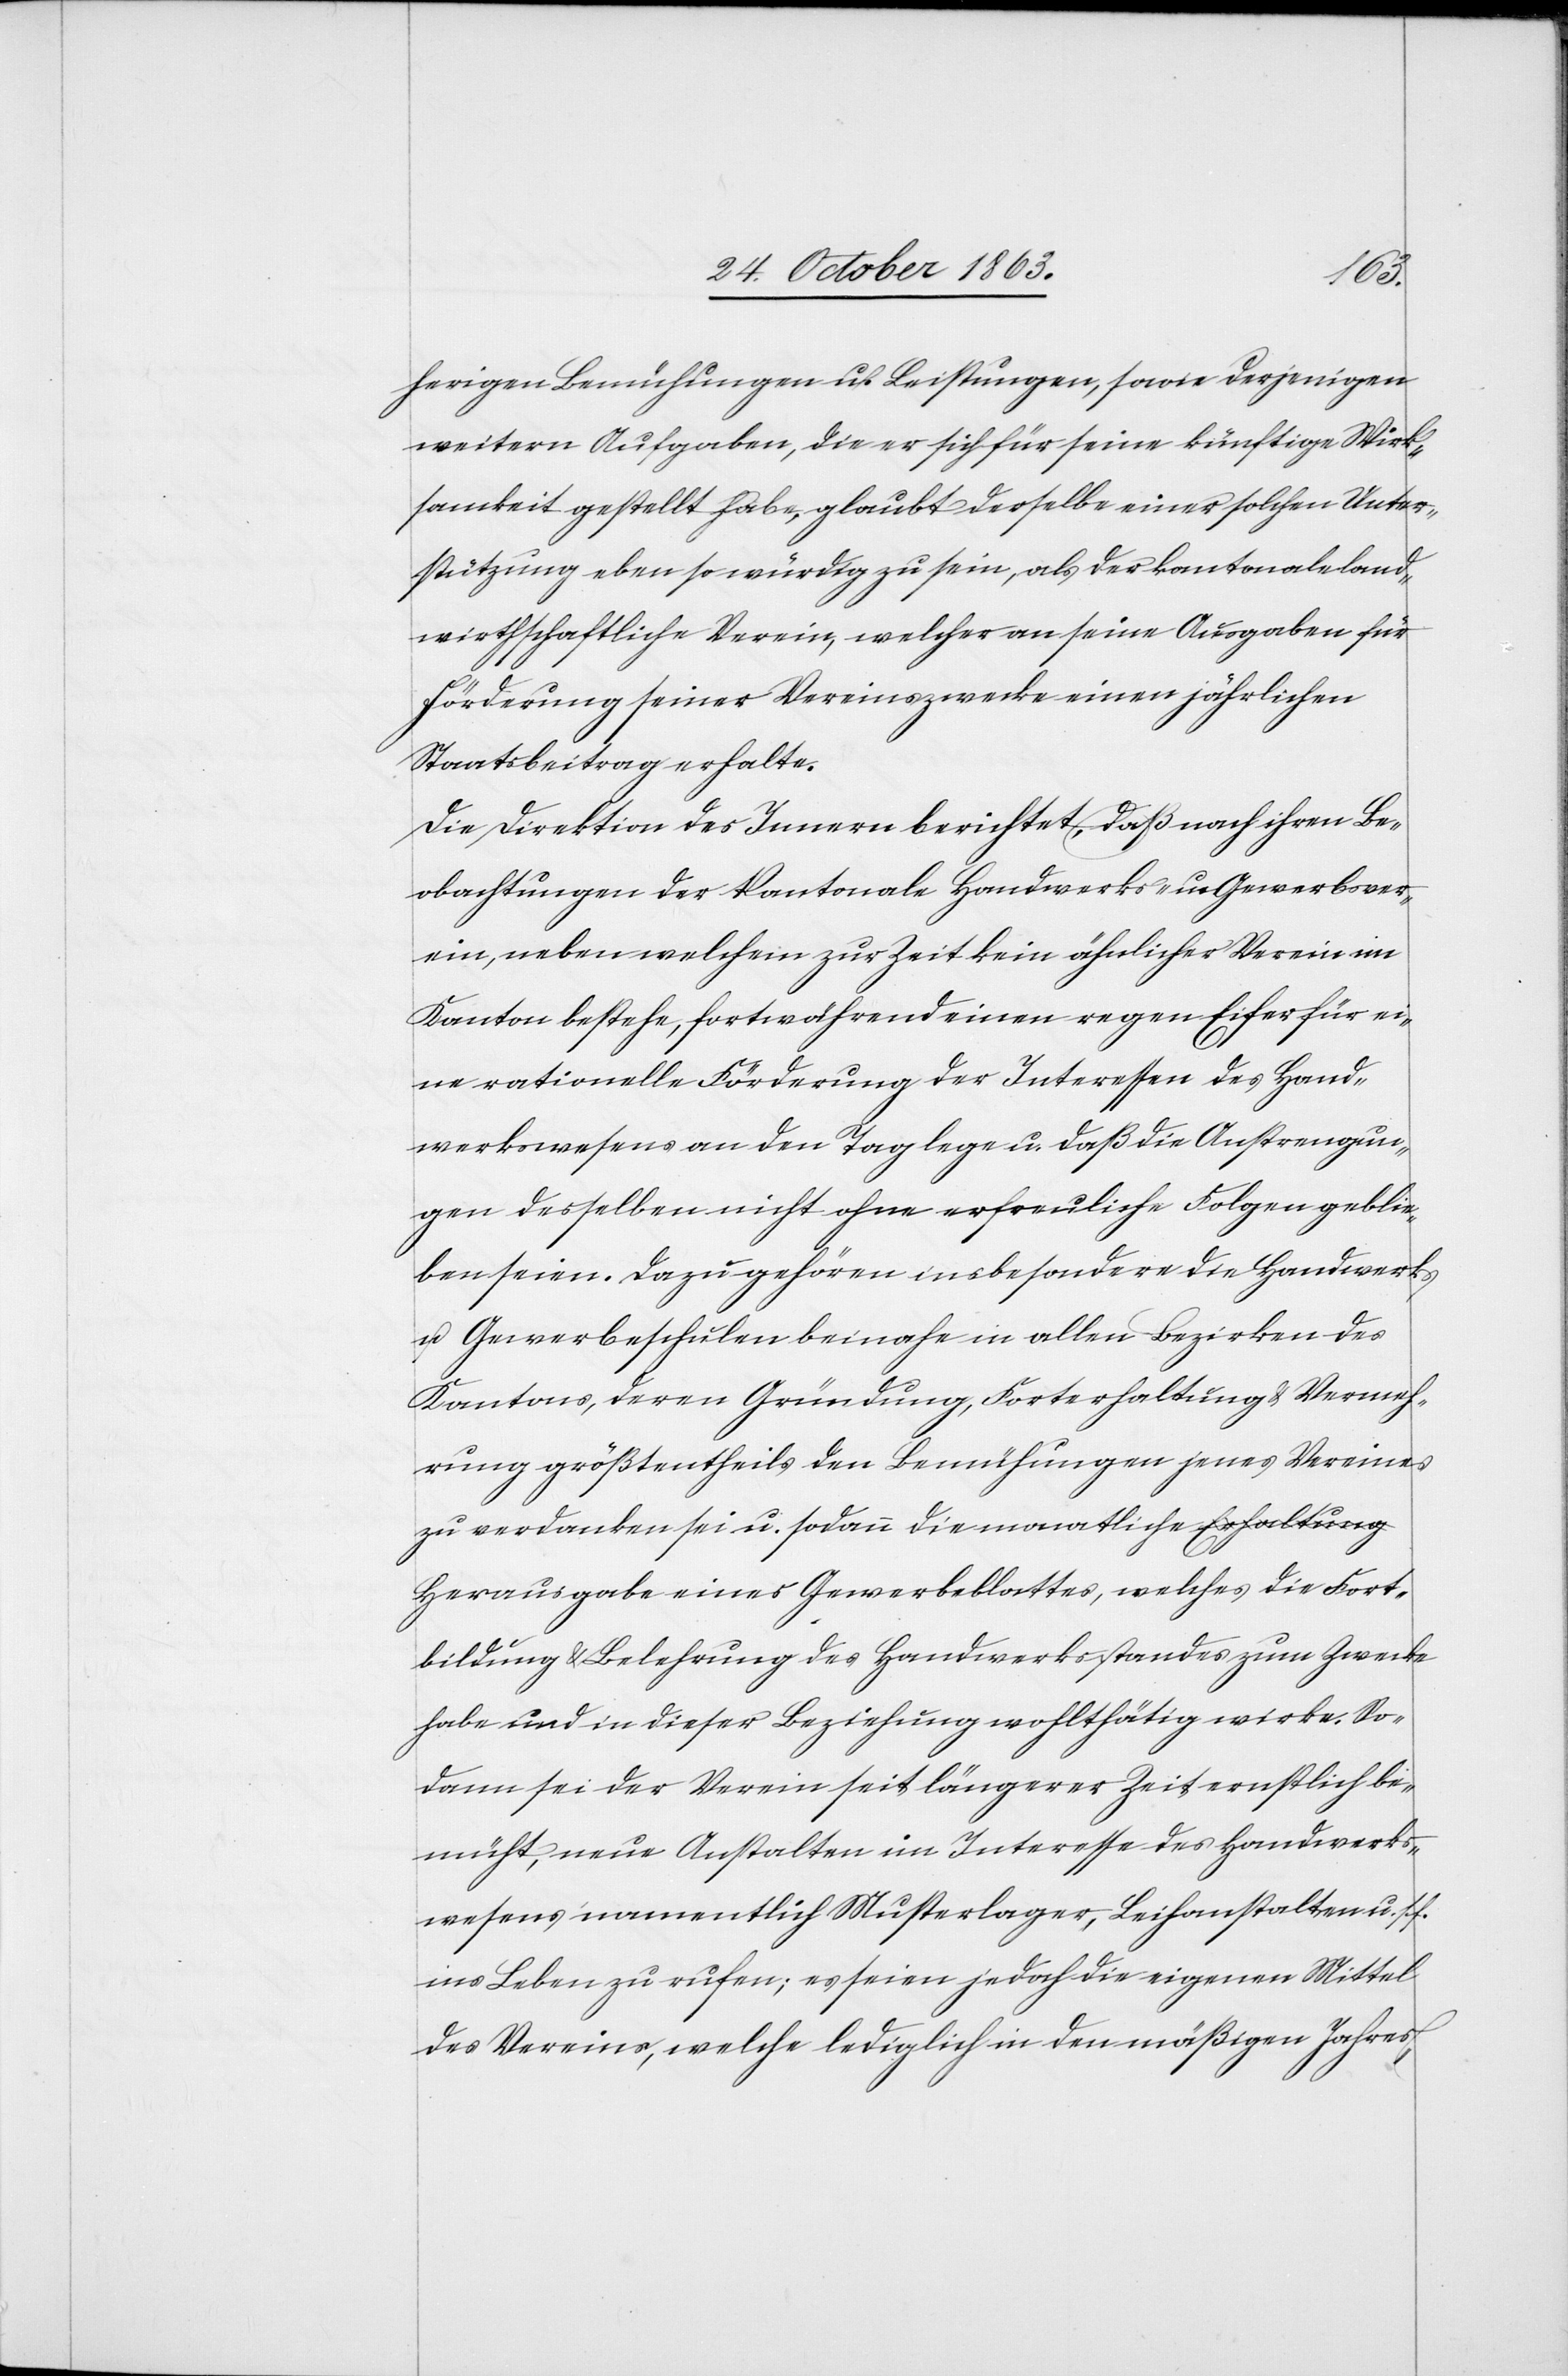
herigen Bemühungen u. Leistungen, sowie derjenigen
weitern Aufgaben, die er sich für seine künftige Wirk¬
samkeit gestellt habe, glaubt derselbe einer solchen Unter¬
stützung eben so würdig zu sein, als der kantonale land¬
wirthschaftliche Verein, welcher an seine Ausgabe für
Förderung seiner Vereinszwecke einen jährlichen
Staatsbeitrag erhalte.
Die Direktion des Innern berichtet, daß nach ihren Be¬
obachtungen der kantonale Handwerks- u. Gewerbsver¬
ein, neben welchem zur Zeit kein ähnlicher Verein im
Kanton bestehe, fortwährend einen regen Eifer für ei¬
ne rationelle Förderung der Interessen des Hand¬
werkswesens an den Tag lege u. daß die Anstrengun¬
gen desselben nicht ohne erfreuliche Folgen geblie¬
ben seien. Dazu gehören insbesondere die Handwerks-
u. Gewerbeschulen beinahe in allen Bezirken des
Kantons, deren Gründung, Forterhaltung & Vermeh¬
rung größtentheils den Bemühungen jenes Vereines
zu verdanken sei u. sodann die monatliche a-Erhaltung-a
Herausgabe eines Gewerbeblattes, welches die Fort¬
bildung & Belehrung des Handwerksstandes zum Zwecke
habe und in dieser Beziehung wohlthätig wirke. So¬
dann sei der Verein seit längerer Zeit ernstlich be¬
müht, neue Anstalten im Interesse des Handwerks¬
wesens namentlich Musterlager, Leihanstalten u. s.
ins Leben zu rufen; es seien jedoch die eigenen Mittel
des Vereins, welche lediglich in den mäßigen Jahres-